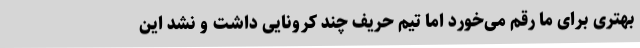
بهتری برای ما رقم می‌خورد اما تیم حریف چند کرونایی داشت و نشد این